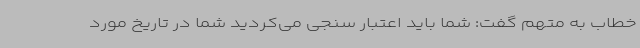
خطاب به متهم گفت: شما باید اعتبار سنجی می‌کردید شما در تاریخ مورد